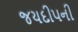
જયદીપની